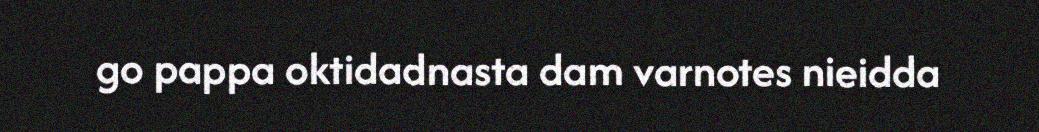
go pappa oktidadnasta dam varnotes nieidda